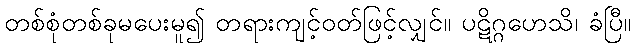
တစ်စုံတစ်ခုမပေးမူ၍ တရားကျင့်ဝတ်ဖြင့်လျှင်။ ပဋိဂ္ဂဟေသိ၊ ခံပြီ။